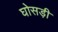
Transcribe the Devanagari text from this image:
घोसड़ी